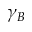
\gamma _ { B }